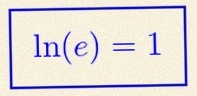
\ln(e)=1